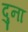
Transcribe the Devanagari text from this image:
दुना